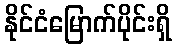
နိုင်ငံမြောက်ပိုင်းရှိ